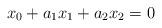
LaTeX: \begin{align*} x_0 + a_1x_1 +a_2x_2 = 0\end{align*}